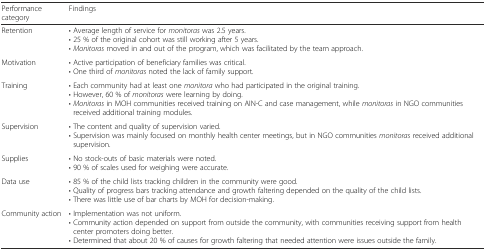
<table><thead><tr><td><b>Performance category</b></td><td><b>Findings</b></td></tr></thead><tbody><tr><td>Retention</td><td>• Average length of service for <i>monitoras</i> was 2.5 years.• 25 % of the original cohort was still working after 5 years.• <i>Monitoras</i> moved in and out of the program, which was facilitated by the team approach.</td></tr><tr><td>Motivation</td><td>• Active participation of beneficiary families was critical.• One third of <i>monitoras</i> noted the lack of family support.</td></tr><tr><td>Training</td><td>• Each community had at least one <i>monitora</i> who had participated in the original training.• However, 60 % of <i>monitoras</i> were learning by doing.• <i>Monitoras</i> in MOH communities received training on AIN-C and case management, while <i>monitoras</i> in NGO communities received additional training modules.</td></tr><tr><td>Supervision</td><td>• The content and quality of supervision varied.• Supervision was mainly focused on monthly health center meetings, but in NGO communities <i>monitoras</i> received additional supervision.</td></tr><tr><td>Supplies</td><td>• No stock-outs of basic materials were noted.• 90 % of scales used for weighing were accurate.</td></tr><tr><td>Data use</td><td>• 85 % of the child lists tracking children in the community were good.• Quality of progress bars tracking attendance and growth faltering depended on the quality of the child lists.• There was little use of bar charts by MOH for decision-making.</td></tr><tr><td>Community action</td><td>• Implementation was not uniform.• Community action depended on support from outside the community, with communities receiving support from health center promoters doing better.• Determined that about 20 % of causes for growth faltering that needed attention were issues outside the family.</td></tr></tbody></table>